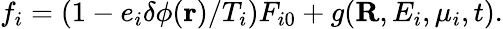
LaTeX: f_{i}=\left(1-e_{i}\delta\phi({\mathbf r})/T_{i}\right)F_{i0}+g({\mathbf R},E_{i},\mu_{i},t).